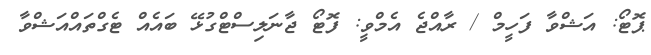
ޕޮޓޯ: އަޝްވާ ފަހީމް / ރާއްޖެ އެމްވީ: ފޮޓޯ ޖާނަލިސްޓްގުޅޭ ބައެއް ޓެގްތައްއަޝްވާ